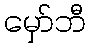
မှော်ဘီ